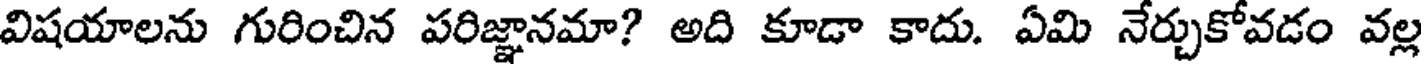
విషయాలను గురించిన పరిజ్ఞానమా? అది కూడా కాదు. ఏమి నేర్చుకోవడం వల్ల